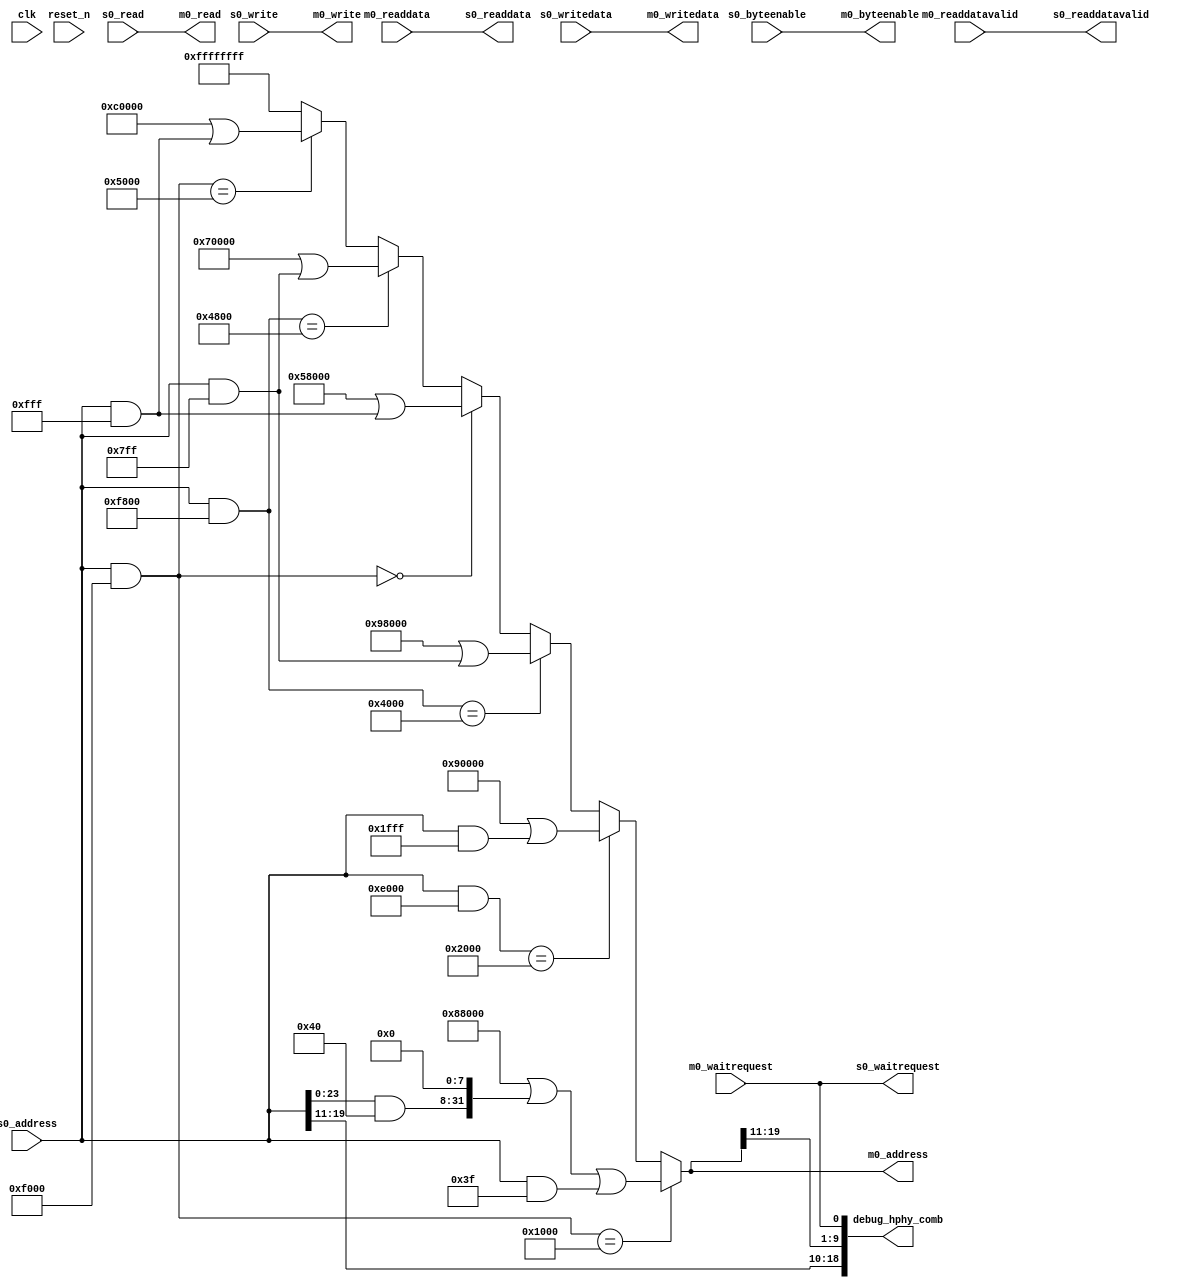
module seq_hhp_decompress_avl_mm_bridge (
	clk,
	reset_n,
	s0_address,
	s0_read,
	s0_readdata,
	s0_write,
	s0_writedata,
	s0_waitrequest,
	s0_byteenable,
	s0_readdatavalid,
	m0_address,
	m0_read,
	m0_readdata,
	m0_write,
	m0_writedata,
	m0_waitrequest,
	m0_byteenable,
	m0_readdatavalid,
	debug_hphy_comb
);

	parameter DATA_WIDTH    = 32;
	parameter SYMBOL_WIDTH  = 8;
	parameter ADDRESS_WIDTH = 32;

`ifdef CHECK_FOR_ERRORS
	parameter BASE_APB_ADDR     = 32'hFFC20000;
	parameter BASE_MASK_ADDR    = 32'hFFFF0000;
`else
	parameter BASE_APB_ADDR     = 32'h0;
	parameter BASE_MASK_ADDR    = 32'h0;
`endif

	parameter APB_BASE_SCC_MGR  = 32'h0000;
	parameter APB_MASK_SCC_MGR  = 32'hF000;

	parameter APB_BASE_PHY_MGR  = 32'h1000;
	parameter APB_MASK_PHY_MGR  = 32'hF000;

	parameter APB_BASE_RW_MGR   = 32'h2000;
	parameter APB_MASK_RW_MGR   = 32'hE000; // range includes 2000-3ffff, so don't check the lower bit

	parameter APB_BASE_DATA_MGR = 32'h4000;
	parameter APB_MASK_DATA_MGR = 32'hF800;

	parameter APB_BASE_REG_FILE = 32'h4800;
	parameter APB_MASK_REG_FILE = 32'hF800;

	parameter APB_BASE_MMR      = 32'h5000;
	parameter APB_MASK_MMR      = 32'hF000;

	parameter AVL_BASE_PHY_MGR  = 32'h88000;
	parameter AVL_BASE_RW_MGR   = 32'h90000;
	parameter AVL_BASE_DATA_MGR = 32'h98000;
	parameter AVL_BASE_SCC_MGR  = 32'h58000;
	parameter AVL_BASE_REG_FILE = 32'h70000;
	parameter AVL_BASE_MMR      = 32'hC0000;


	// --------------------------------------
	// Derived parameters
	// --------------------------------------
	localparam BYTEEN_WIDTH = DATA_WIDTH / SYMBOL_WIDTH;

	localparam APB_SCC_MGR  = BASE_APB_ADDR + APB_BASE_SCC_MGR;
	localparam APB_PHY_MGR  = BASE_APB_ADDR + APB_BASE_PHY_MGR;
	localparam APB_RW_MGR   = BASE_APB_ADDR + APB_BASE_RW_MGR;
	localparam APB_DATA_MGR = BASE_APB_ADDR + APB_BASE_DATA_MGR;
	localparam APB_REG_FILE = BASE_APB_ADDR + APB_BASE_REG_FILE;
	localparam APB_MMR      = BASE_APB_ADDR + APB_BASE_MMR;

	localparam MASK_SCC_MGR  = BASE_MASK_ADDR | APB_MASK_SCC_MGR;
	localparam MASK_PHY_MGR  = BASE_MASK_ADDR | APB_MASK_PHY_MGR;
	localparam MASK_RW_MGR   = BASE_MASK_ADDR | APB_MASK_RW_MGR;
	localparam MASK_DATA_MGR = BASE_MASK_ADDR | APB_MASK_DATA_MGR;
	localparam MASK_REG_FILE = BASE_MASK_ADDR | APB_MASK_REG_FILE;
	localparam MASK_MMR      = BASE_MASK_ADDR | APB_MASK_MMR;


	input clk;
	input reset_n;

	input  [ADDRESS_WIDTH-1:0]  s0_address;
	input                       s0_read;
	output [DATA_WIDTH-1:0]     s0_readdata;
	input                       s0_write;
	input  [DATA_WIDTH-1:0]     s0_writedata;
	output                      s0_waitrequest;
	input  [BYTEEN_WIDTH-1:0]   s0_byteenable;
	output                      s0_readdatavalid;

	output [ADDRESS_WIDTH-1:0]  m0_address;
	output                      m0_read;
	input  [DATA_WIDTH-1:0]     m0_readdata;
	output                      m0_write;
	output [DATA_WIDTH-1:0]     m0_writedata;
	input                       m0_waitrequest;
	output [BYTEEN_WIDTH-1:0]   m0_byteenable;
	input                       m0_readdatavalid;
	
	//debug signals
	output wire [18:0] debug_hphy_comb;


	wire [ADDRESS_WIDTH-1:0] phy_addr;
	wire [ADDRESS_WIDTH-1:0] rw_addr;
	wire [ADDRESS_WIDTH-1:0] data_addr;
	wire [ADDRESS_WIDTH-1:0] scc_addr;
	wire [ADDRESS_WIDTH-1:0] reg_addr;
	wire [ADDRESS_WIDTH-1:0] mmr_addr;

	assign phy_addr  = AVL_BASE_PHY_MGR  | ((s0_address & (1<<6)) << (14-6)) | (s0_address & 14'h3f);
	assign rw_addr   = AVL_BASE_RW_MGR   | (s0_address & 14'h1fff);
	assign data_addr = AVL_BASE_DATA_MGR | (s0_address & 14'h7ff);
	assign scc_addr  = AVL_BASE_SCC_MGR  | (s0_address & 14'hfff);
	assign reg_addr  = AVL_BASE_REG_FILE | (s0_address & 14'h7ff);
	assign mmr_addr  = AVL_BASE_MMR      | (s0_address & 14'hfff);

	assign m0_address = ((s0_address & MASK_PHY_MGR)  == APB_PHY_MGR)  ? phy_addr  :
			    ((s0_address & MASK_RW_MGR)   == APB_RW_MGR)   ? rw_addr   :
			    ((s0_address & MASK_DATA_MGR) == APB_DATA_MGR) ? data_addr :
			    ((s0_address & MASK_SCC_MGR)  == APB_SCC_MGR)  ? scc_addr  :
			    ((s0_address & MASK_REG_FILE) == APB_REG_FILE) ? reg_addr  :
			    ((s0_address & MASK_MMR)      == APB_MMR)      ? mmr_addr  :
			    32'hFFFFFFFF;

	assign s0_readdata = m0_readdata;
	assign m0_write = s0_write;
	assign m0_read = s0_read;
	assign m0_writedata = s0_writedata;
	assign s0_waitrequest = m0_waitrequest;
	assign m0_byteenable = s0_byteenable;
	assign s0_readdatavalid = m0_readdatavalid;


	always @(m0_address)
	begin
		$display("[%0t] DECOMPRESS: %0h => %0h", $time, s0_address, m0_address);
`ifdef CHECK_FOR_ERRORS
		if (m0_address == 32'hFFFFFFFF) 
		begin
			$display("[%0t] BAD ADDRESS", $time);
			$finish;
		end
`endif			
	end

//debug signals
assign debug_hphy_comb = {s0_address[19:11],m0_address[19:11],m0_waitrequest};

endmodule